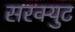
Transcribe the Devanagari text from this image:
सरक्युट